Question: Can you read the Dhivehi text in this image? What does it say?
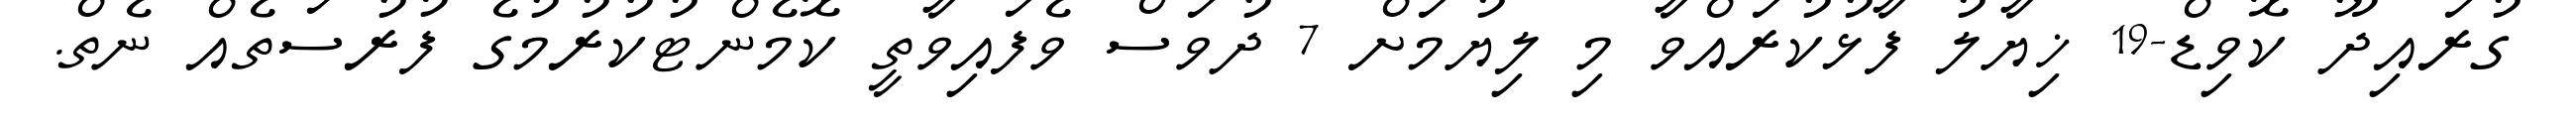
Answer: ގުރައިދޫ ކޮވިޑް-19 ޚިޔާލު ފާޅުކުރައްވާ މި ލިޔުމަށް 7 ދުވަސް ވެފައިވާތީ ކޮމެންޓުކުރުމުގެ ފުރުސަތެއް ނެތް.